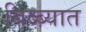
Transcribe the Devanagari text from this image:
बिब्ब्यात